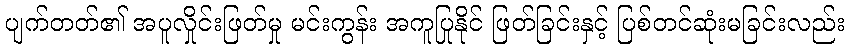
ပျက်တတ်၏ အပူလှိုင်းဖြတ်မှု မင်းကွန်း အကူပြုနိုင် ဖြတ်ခြင်းနှင့် ပြစ်တင်ဆုံးမခြင်းလည်း